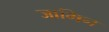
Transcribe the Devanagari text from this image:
जामिन